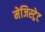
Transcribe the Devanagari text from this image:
मेजिस्ट्रेट